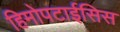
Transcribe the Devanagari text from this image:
हिमोपटाईसिस